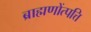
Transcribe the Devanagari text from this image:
ब्राह्मणोंत्पत्ति